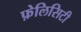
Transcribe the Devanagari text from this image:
फ़ेलिसिटी